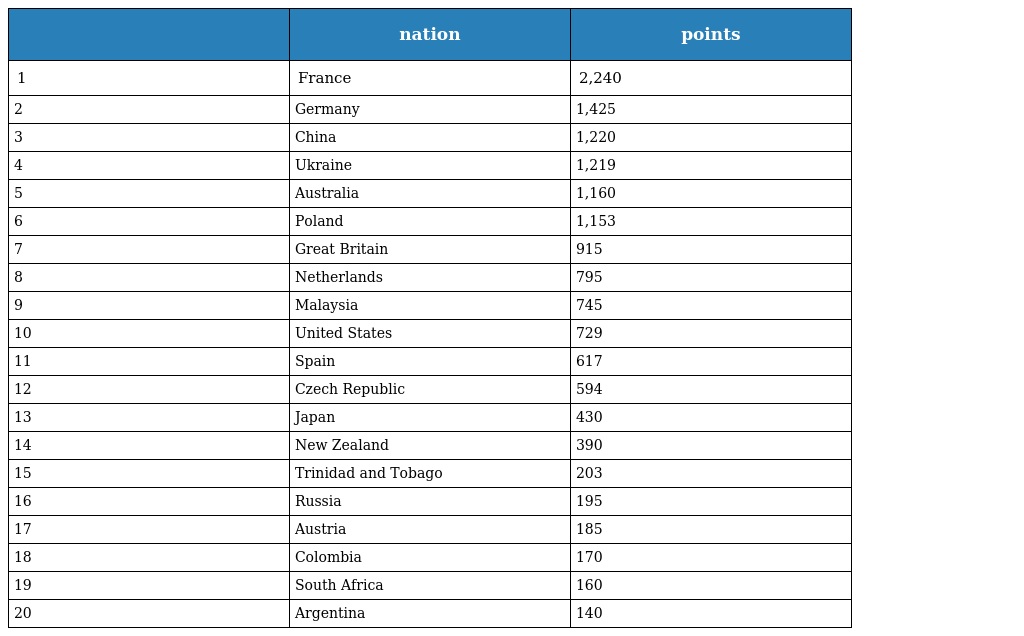
|  | nation | points |
 | --- | --- | --- |
 | 1 | France | 2,240 |
 | 2 | Germany | 1,425 |
 | 3 | China | 1,220 |
 | 4 | Ukraine | 1,219 |
 | 5 | Australia | 1,160 |
 | 6 | Poland | 1,153 |
 | 7 | Great Britain | 915 |
 | 8 | Netherlands | 795 |
 | 9 | Malaysia | 745 |
 | 10 | United States | 729 |
 | 11 | Spain | 617 |
 | 12 | Czech Republic | 594 |
 | 13 | Japan | 430 |
 | 14 | New Zealand | 390 |
 | 15 | Trinidad and Tobago | 203 |
 | 16 | Russia | 195 |
 | 17 | Austria | 185 |
 | 18 | Colombia | 170 |
 | 19 | South Africa | 160 |
 | 20 | Argentina | 140 |